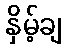
နှိမ့်ချ